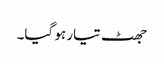
جھٹ تیار ہو گیا۔